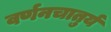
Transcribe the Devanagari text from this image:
वर्णनचातुर्य